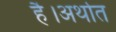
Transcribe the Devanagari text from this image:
है।अर्थात